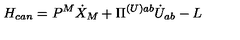
H _ { c a n } = P ^ { M } \dot { X } _ { M } + \Pi ^ { ( U ) a b } \dot { U } _ { a b } - L